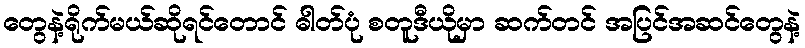
တွေနဲ့ရိုက်မယ်ဆိုရင်တောင် ဓါတ်ပုံ စတူဒီယိုမှာ ဆက်တင် အပြင်အဆင်တွေနဲ့